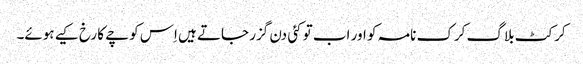
کرکٹ بلاگ کرک نامہ کو اور اب تو کئی دن گزر جاتے ہیں اِس کوچے کا رخ کیے ہوئے۔